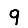
Digit: 9